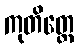
ကုတိတ္ထေ